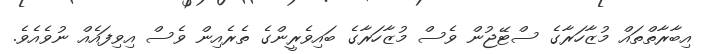
އިބާރާތްތައް މުޒާހަރާގެ ސްޓޭޖުން ވެސް މުޒާހަރާގެ ބައިވެރީންގެ ތެރެއިން ވެސް އިވިފައެއް ނުވެއެވެ.